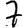
Digit: 7